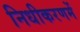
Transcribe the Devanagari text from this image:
निधीकरणमें